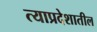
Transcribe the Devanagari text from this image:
त्याप्रदेशातील